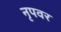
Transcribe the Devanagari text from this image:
नृपवर